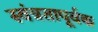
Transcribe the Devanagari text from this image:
स्वंत्रतापूर्वक